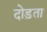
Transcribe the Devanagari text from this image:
दोड़ता